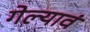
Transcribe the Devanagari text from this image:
गेल्यावं